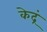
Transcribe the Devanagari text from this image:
केद्रं